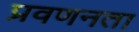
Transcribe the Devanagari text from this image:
प्रवणनता